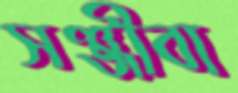
সঞ্জীবা